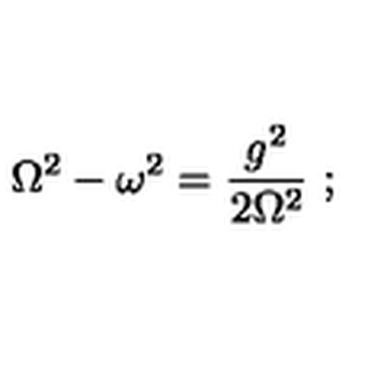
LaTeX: \displaystyle { \mathrm { \Omega } ^ { 2 } - \omega ^ { 2 } = { \frac { g ^ { 2 } } { 2 \mathrm { \Omega } ^ { 2 } } } \ ; }